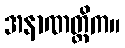
အနာဏတ္တိက။